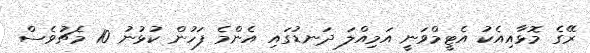
ރޭގެ މޮޅާއިއެކު އެޓީމްވަނީ އަމިއްލަ ދަނޑުގައި އެންމެ ފަހުން ކުޅުނު 10 މެޗުވެސް